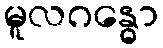
မူလဂန္ဓော